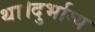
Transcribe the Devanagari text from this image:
था।दुर्भाग्य